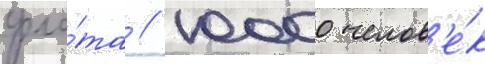
фло́та // 10000 челов'е́к